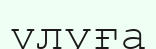
ұлуға